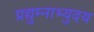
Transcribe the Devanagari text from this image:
प्रद्युम्नाभ्युदय